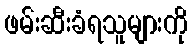
ဖမ်းဆီးခံရသူများကို